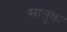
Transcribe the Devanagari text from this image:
सातुक